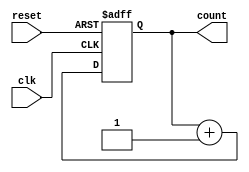
module sync_nbit_counter(
    input wire clk, reset,
    output reg [N-1:0] count
);

parameter N = 4; // Define the number of bits

always @(posedge clk or posedge reset) begin
    if (reset)
        count <= {N{1'b0}}; // Reset to 0
    else
        count <= count + 1; // Increment on each clock cycle
end

endmodule